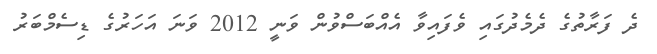
ދެ ފަރާތުގެ ދެމެދުގައި ވެފައިވާ އެއްބަސްވުން ވަނީ 2012 ވަނަ އަހަރުގެ ޑިސެމްބަރު